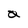
Character: a